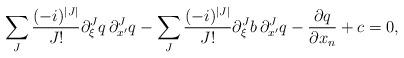
LaTeX: \begin{align*} \sum_{J} \frac{(-i)^{|J|}}{J !} \partial_{\xi}^{J}q \, \partial_{x^\prime}^{J}q - \sum_{J} \frac{(-i)^{|J|}}{J !} \partial_{\xi}^{J}b \, \partial_{x^\prime}^{J}q - \frac{\partial q}{\partial x_n} + c = 0,\end{align*}